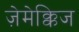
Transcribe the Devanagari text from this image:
ज़ेमेक्किज